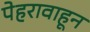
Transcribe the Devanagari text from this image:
पेहरावाहून